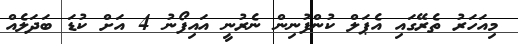
މިއަހަރު ތެރޭގައި އެޕަލް ކުންފުނިން ނެރުނީ އައިފޯނު 4 އަށް ކުޑަ ބަދަލެއް